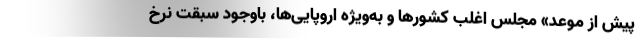
پیش از موعد» مجلس اغلب کشورها و به‌ویژه اروپایی‌ها، باوجود سبقت نرخ